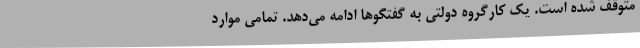
متوقف شده است. یک کارگروه دولتی به گفتگوها ادامه می‌دهد. تمامی موارد